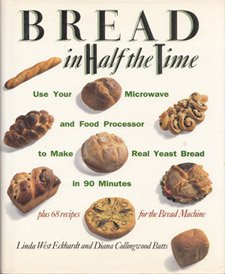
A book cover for Bread In Half The Time: Use Your Microwave and Food Processor to Make Real Yeast Bread in 90 Minutes; Linda West Eckhardt; Cookbooks, Food & Wine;